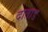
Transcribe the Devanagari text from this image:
दाताड